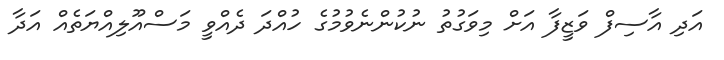
އަދި އާސިފް ވަޒީފާ އަށް މިވަގުތު ނުކުންނެވުމުގެ ހުއްދަ ދެއްވީ މަސްއޫލިއްޔަތެއް އަދާ